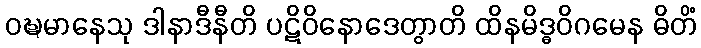
ဝဍ္ဎမာနေသု ဒါနာဒီနီတိ ပဋိဝိနောဒေတွာတိ ထိနမိဒ္ဓဝိဂမေန ဓိတိံ